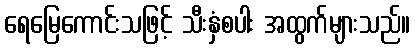
ရေမြေကောင်းသဖြင့် သီးနှံစပါး အထွက်များသည်။